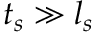
t _ { s } \gg l _ { s }